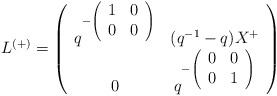
\begin{align*}L^{(+)}=\left(\begin{array}{cc}q^{-\left(\begin{array}{cc}1&0\\0&0\end{array}\right)}&(q^{-1}-q)X^{+}\\0&q^{-\left(\begin{array}{cc}0&0\\0&1\end{array}\right)}\end{array}\right)\end{align*}